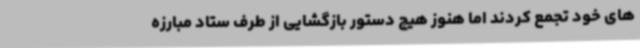
های خود تجمع کردند اما هنوز هیچ دستور بازگشایی از طرف ستاد مبارزه